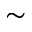
\sim